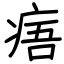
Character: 痦